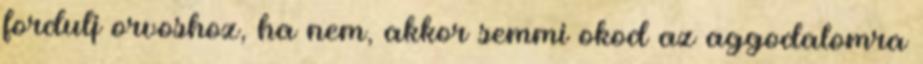
fordulj orvoshoz, ha nem, akkor semmi okod az aggodalomra